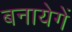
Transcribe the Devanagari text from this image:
बनायेगें